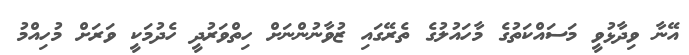
އޭނާ ވިދާޅުވީ މަސައްކަތުގެ މާހައުލުގެ ތެރޭގައި ޒުވާނުންނަށް ހިތްވަރުދީ ހެދުމަކީ ވަރަށް މުހިއްމު